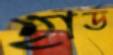
হার্ড